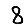
Digit: 8